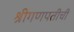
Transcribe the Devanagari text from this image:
श्रीगणपतीची